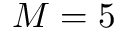
M = 5